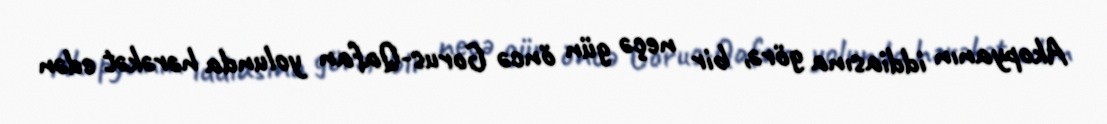
Akopyanın iddiasına görə, bir neçə gün öncə Gorus-Qafan yolunda hərəkət edən